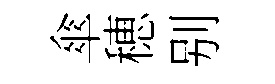
傘穂别